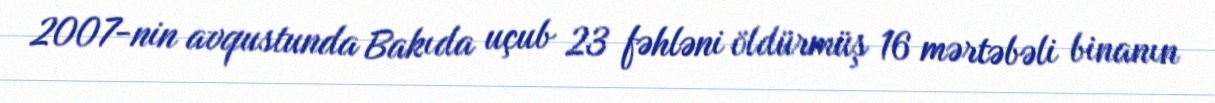
2007-nin avqustunda Bakıda uçub 23 fəhləni öldürmüş 16 mərtəbəli binanın